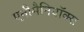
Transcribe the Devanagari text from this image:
एनीमैनियॉक्स